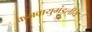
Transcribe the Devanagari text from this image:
कमवायुमंडलीय